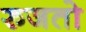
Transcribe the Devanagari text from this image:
रुजतो